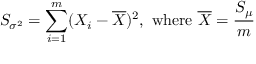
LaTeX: S _ { \sigma ^ { 2 } } = \sum _ { i = 1 } ^ { m } ( X _ { i } - { \overline { { X } } } ) ^ { 2 } , { \mathrm { ~ w h e r e ~ } } { \overline { { X } } } = { \frac { S _ { \mu } } { m } }